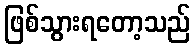
ဖြစ်သွားရတော့သည်